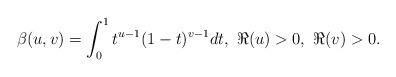
LaTeX: \begin{align*}\beta(u,v) =\int_{0}^{1}t^{u-1}(1-t)^{v-1}dt,\ \Re (u)>0,\ \Re (v)>0.\end{align*}